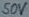
Text: 50V